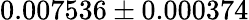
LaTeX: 0.007536\pm 0.000374